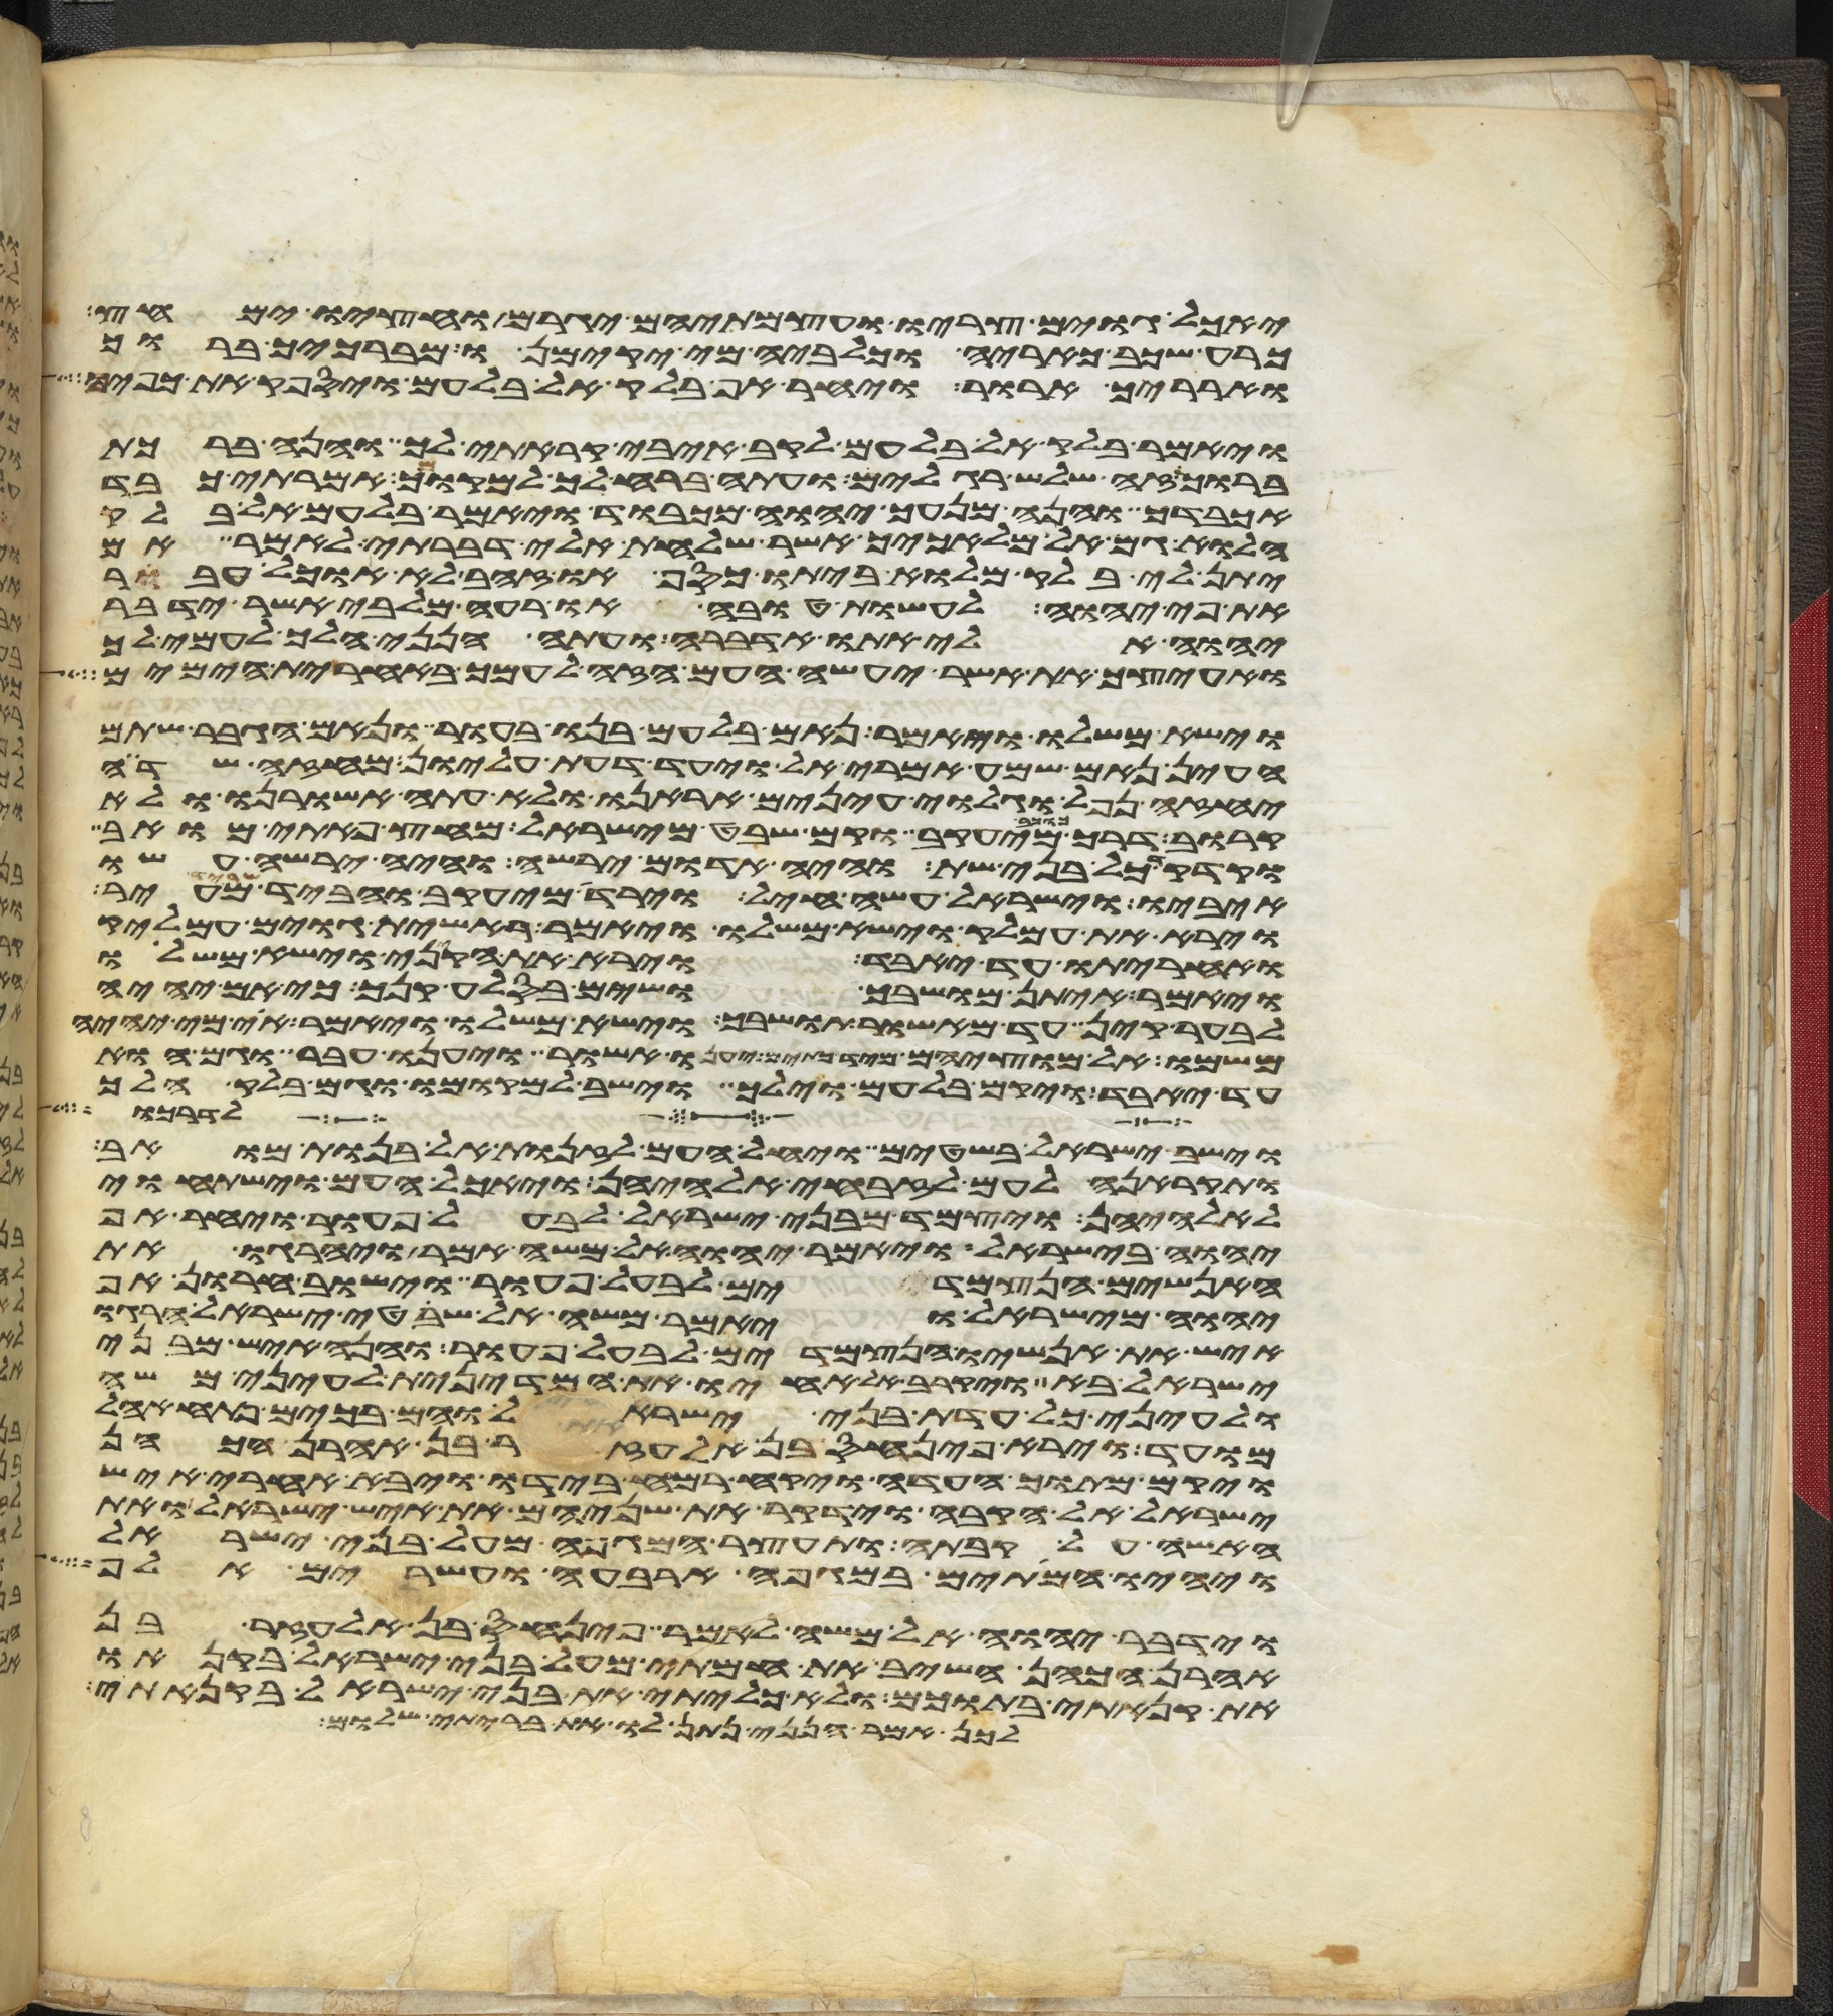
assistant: יאכל גוים צריו ועצמתיהם יגרם וחציו ימחץ
כרע שכב כאריה וכלביה מי יקימנו מברכיך ברוך
וארריך ארור ויחר אף בלק אל בלעם ויספק את כפיו
ויאמר בלק אל בלעם לקב איבי קראתי לך והנה ברכת
ברוך זה שלש רגלים ועתה ברח לך אל מקומך אמרתי כבד
אכבדך והנה מנעך יהוה מכבוד ויאמר בלעם אל בלק
הלוא גם אל מלאכיך אשר שלחת אלי דברתי לאמר אם
יתן לי בלק מלוא ביתו כסף או זהב לא אוכל אעבר
את פי יהוה לעשות טובה או רעה מלבי אשר ידבר
יהוה אלי אתו אדברה ועתה הנני הלך לעמי לך
ואעיצך את אשר יעשה העם הזה לעמך באחרית הימים
וישא משלו ויאמר נאם בלעם בנו בעור ונאם הגבר שתם
העין נאם שמע אמרי אל וידע דעת עליון מחזה שדה
יחזה נפל וגלוי עינים אראנו ולא עתה אשורנו ולא
קרוב דרך כוכב מיעקב וקם שבט מישראל מחץ פתי מואב
וקדקד כל בני שת והיה אדום ירשה והיה ירשה עשו
איביו וישראל עשה חיל וירד מיעקב והאביד שריד מעיר
וירא את עמלק וישא משלו ויאמר ראשית גוים עמלק
ואחריתו עד יאבד וירא את הקיני וישא משלו
ויאמר איתן מושבך ושים בסלע קנך כי אם יהיה
לבער קין עד מאשור תושבך וישא משלו ויאמר אוי מי יהיה
משמו אל יוציאם מיד כתים יענו אשור ויענו עבר וגם הוא
עד יאבד ויקם בלעם וילך וישב למקומו וגם בלק הלך
לדרכו
וישב ישראל בשטים ויחל העם לזנות אל בנות מואב
ותקראנה לעם לזבחי אלהיהן ויאכל העם וישתחוי
לאלהיהן ויצמד מבני ישראל לבעל פעור ויחר אף
יהוה בישראל ויאמר יהוה אל משה אמר ויהרגו את
האנשים הנצמדים לבעל פעור וישוב חרון אף
יהוה מישראל ויאמר משה אל שפטי ישראל הרגו
איש את אנשיו הנצמדים לבעל פעור והנה איש מבני
ישראל בא ויקרב אל אחיו את המדינית לעיני משה
ולעיני כל עדת בני ישראל והם בכים פתח אהל
מועד וירא פינחס בן אלעזר בן אהרן הכהן
ויקם מתוך העדה ויקח רמח בידו ויבא אחרי איש
ישראל אל הקבה וידקר את שניהם את איש ישראל ואת
האשה על קבתה ותעצר המגפה מעל בני ישראל
ויהיו המיתים במגפה ארבעה ועשרים אלף
וידבר יהוה אל משה לאמר פינחס בן אלעזר בן
אהרן הכהן השיב את חמתי מעל בני ישראל בקנאו
את קנאתי בתוכם ולא כליתי את בני ישראל בקנאתי
לכן אמר הנני נתן לו את בריתי שלום